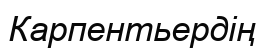
Карпентьердің